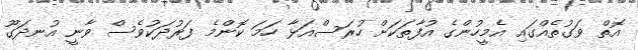
އޮތް ވަގުތެއްގައި އެމީހުންގެ އުފާތަކަށް ހުރަސްއަޅާ ހަމަ ކޮންމެ ފަރުދަކުވެސް ވާނީ އުނދަގޫ